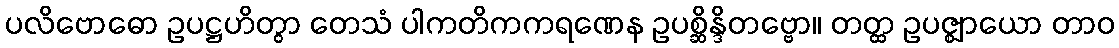
ပလိဗောဓော ဥပဋ္ဌဟိတွာ တေသံ ပါကတိကကရဏေန ဥပစ္ဆိန္ဒိတဗ္ဗော။ တတ္ထ ဥပဇ္ဈာယော တာဝ